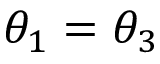
\theta _ { 1 } = \theta _ { 3 }